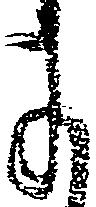
に